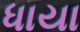
ધાયા